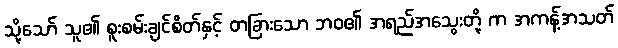
သို့သော် သူ၏ စူးစမ်းချင်စိတ်နှင့် တခြားသော ဘဝ၏ အရည်အသွေးတို့ က အကန့်အသတ်